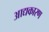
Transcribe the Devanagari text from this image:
आद्यकारण